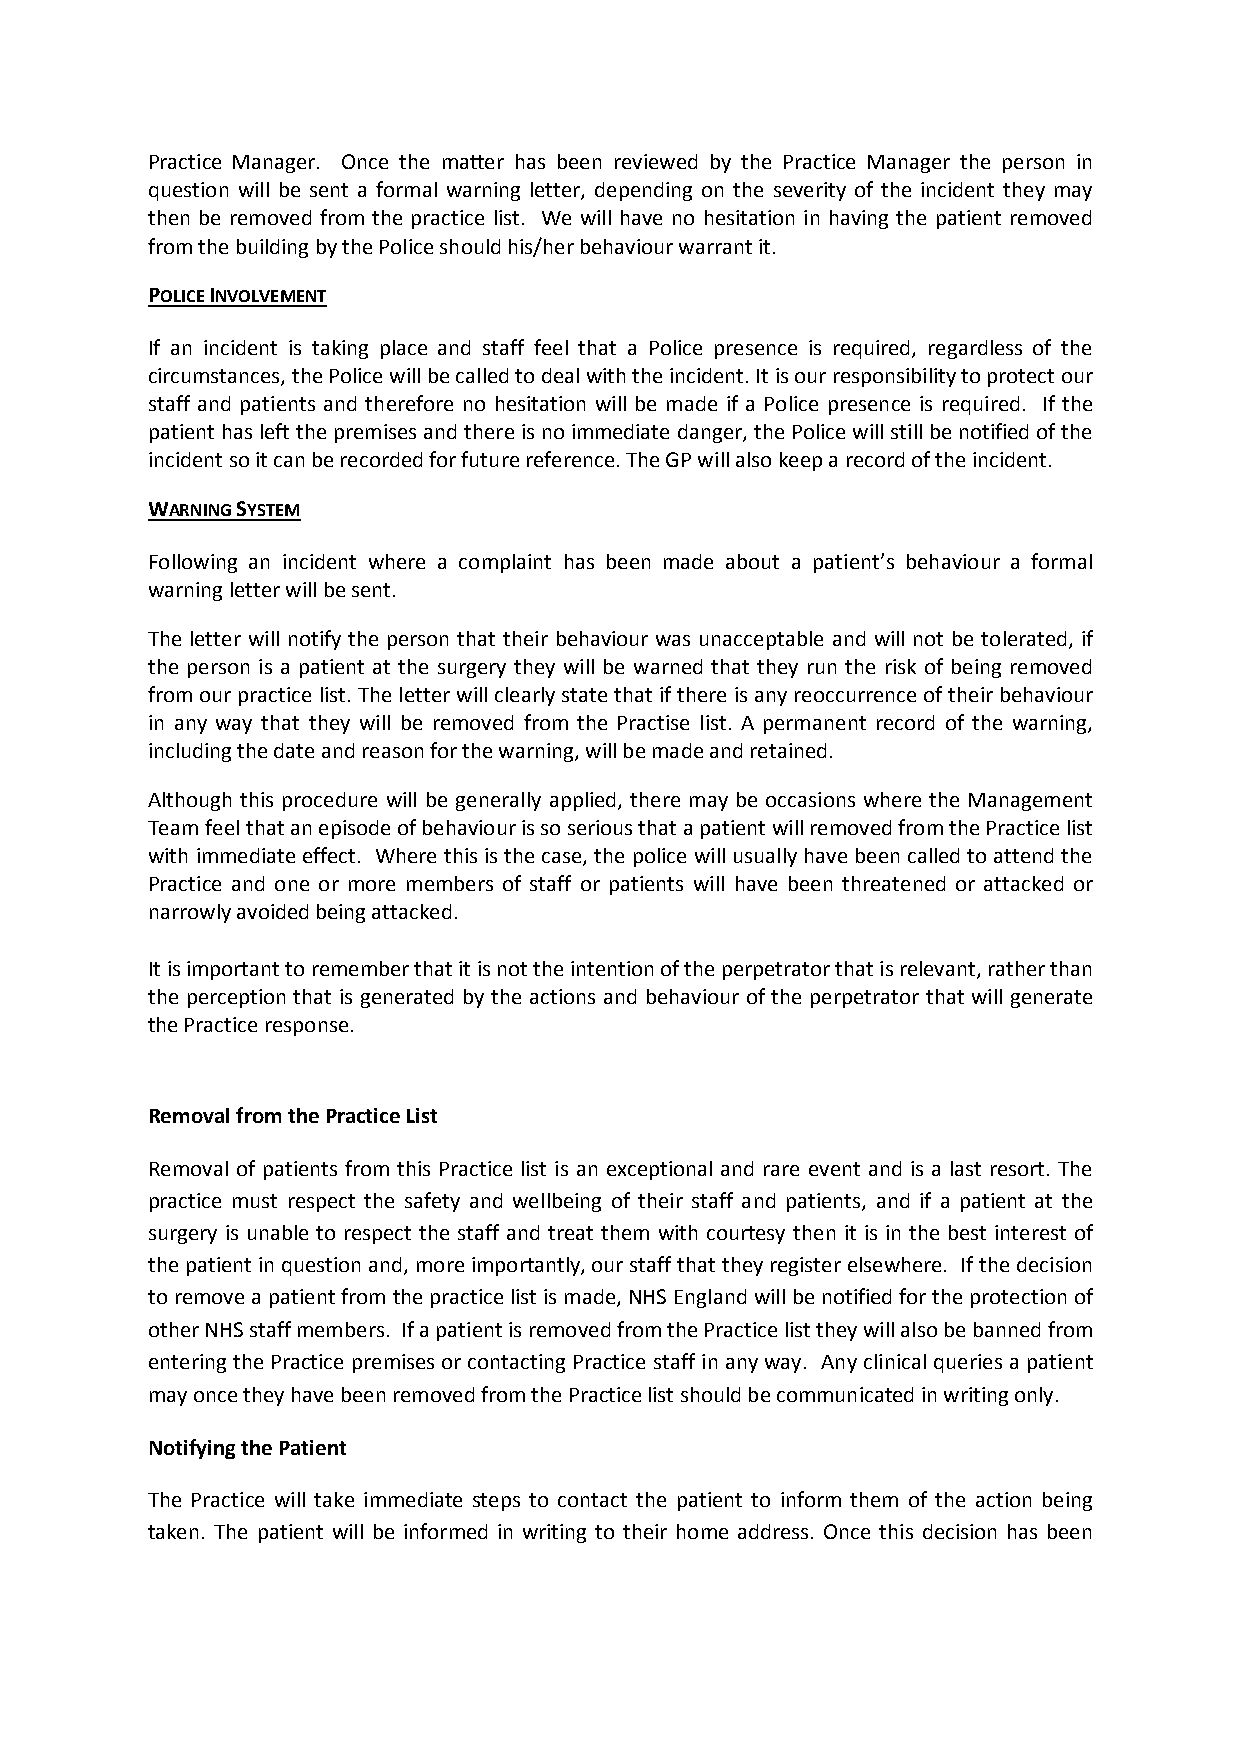
Practice Manager. Once the matter has been reviewed by the Practice Manager the person in
 question will be sent a formal warning letter, depending on the severity of the incident they may
 then be removed from the practice list. We will have no hesitation in having the patient removed
 from the building by the Police should his/her behaviour warrant it.
 POLICE INVOLVEMENT
 If an incident is taking place and staff feel that a Police presence is required, regardless of the
 circumstances, the Police will be called to deal with the incident. It is our responsibility to protect our
 staff and patients and therefore no hesitation will be made if a Police presence is required. If the
 patient has left the premises and there is no immediate danger, the Police will still be notified of the
 incident so it can be recorded for future reference. The GP will also keep a record of the incident.
 WARNING SYSTEM
 Following an incident where a complaint has been made about a patient’s behaviour a formal
 warning letter will be sent.
 The letter will notify the person that their behaviour was unacceptable and will not be tolerated, if
 the person is a patient at the surgery they will be warned that they run the risk of being removed
 from our practice list. The letter will clearly state that if there is any reoccurrence of their behaviour
 in any way that they will be removed from the Practise list. A permanent record of the warning,
 including the date and reason for the warning, will be made and retained.
 Although this procedure will be generally applied, there may be occasions where the Management
 Team feel that an episode of behaviour is so serious that a patient will removed from the Practice list
 with immediate effect. Where this is the case, the police will usually have been called to attend the
 Practice and one or more members of staff or patients will have been threatened or attacked or
 narrowly avoided being attacked.
 It is important to remember that it is not the intention of the perpetrator that is relevant, rather than
 the perception that is generated by the actions and behaviour of the perpetrator that will generate
 the Practice response.
 Removal from the Practice List
 Removal of patients from this Practice list is an exceptional and rare event and is a last resort. The
 practice must respect the safety and wellbeing of their staff and patients, and if a patient at the
 surgery is unable to respect the staff and treat them with courtesy then it is in the best interest of
 the patient in question and, more importantly, our staff that they register elsewhere. If the decision
 to remove a patient from the practice list is made, NHS England will be notified for the protection of
 other NHS staff members. If a patient is removed from the Practice list they will also be banned from
 entering the Practice premises or contacting Practice staff in any way. Any clinical queries a patient
 may once they have been removed from the Practice list should be communicated in writing only.
 Notifying the Patient
 The Practice will take immediate steps to contact the patient to inform them of the action being
 taken. The patient will be informed in writing to their home address. Once this decision has been